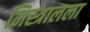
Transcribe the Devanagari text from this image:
मिस्त्रालला